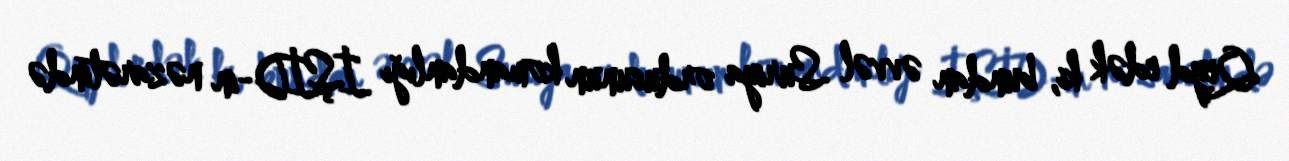
Qeyd edək ki, bundan əvvəl Suriya ordusunun komandanlığı İŞİD-in nəzarətində